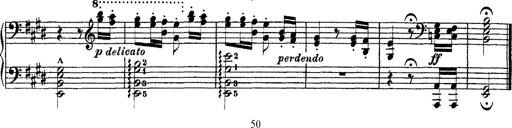
Title: Ã‰tudes d'exÃ©cution transcendante d'aprÃ¨s Paganini
Composer: Franz Liszt